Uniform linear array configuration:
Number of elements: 16
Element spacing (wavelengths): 1
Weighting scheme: cosine
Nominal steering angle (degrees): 45
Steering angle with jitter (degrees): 44.098
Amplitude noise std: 0.05
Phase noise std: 0.05

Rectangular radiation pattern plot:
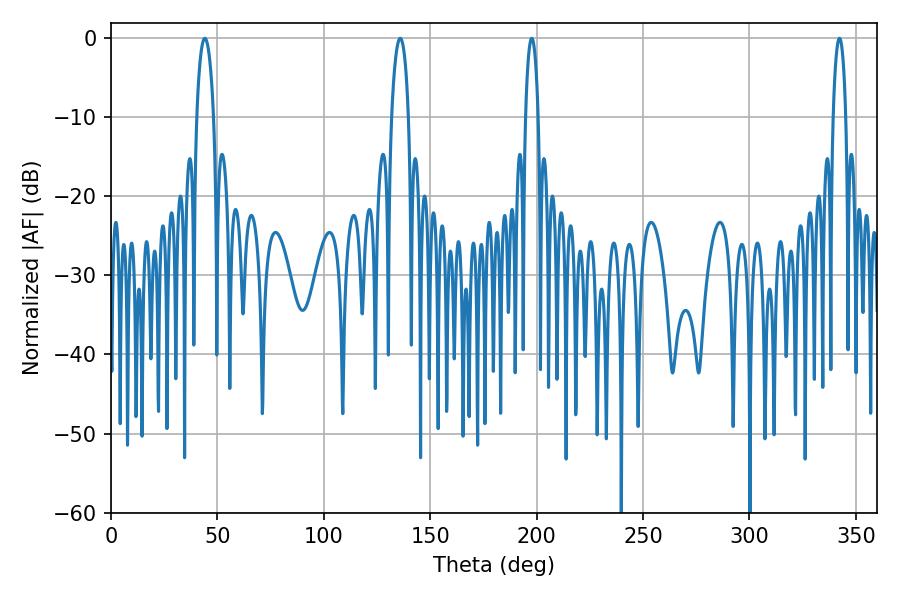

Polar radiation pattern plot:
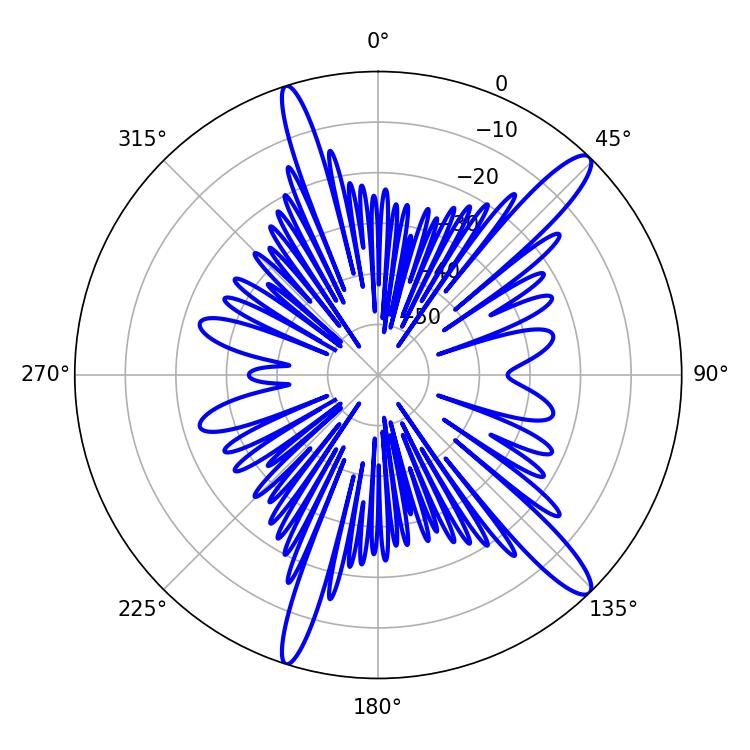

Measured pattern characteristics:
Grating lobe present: TRUE
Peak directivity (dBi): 13.908
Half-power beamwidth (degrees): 4.5
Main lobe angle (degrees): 44.1